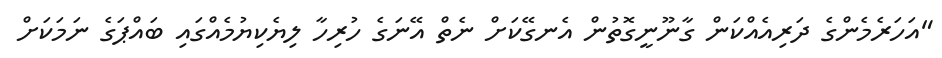
"އަހަރެމެންގެ ދަރިއެއްކަން ގާނޫނީގޮތުން އެނގޭކަށް ނެތް އޭނަގެ ހުރިހާ ލިޔެކިޔުމެއްގައި ބައްޕަގެ ނަމަކަށް